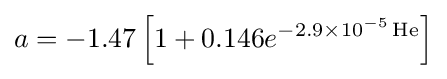
a=-1.47\left[1+0.146e^{-2.9\times {10^{-5}}\operatorname {He} }\right]